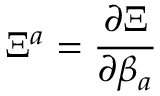
\Xi ^ { a } = \frac { \partial \Xi } { \partial \beta _ { a } }